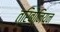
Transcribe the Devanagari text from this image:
त्रिबोनियन